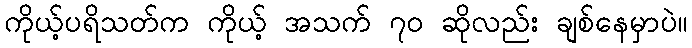
ကိုယ့်ပရိသတ်က ကိုယ့် အသက် ၇ဝ ဆိုလည်း ချစ်နေမှာပဲ။